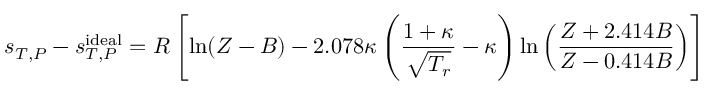
s _ { T , P } - s _ { T , P } ^ { \mathrm { i d e a l } } = R \left[ \ln ( Z - B ) - 2 . 0 7 8 \kappa \left( { \frac { 1 + \kappa } { \sqrt { T _ { r } } } } - \kappa \right) \ln \left( { \frac { Z + 2 . 4 1 4 B } { Z - 0 . 4 1 4 B } } \right) \right]